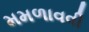
મમળાવવી